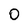
Character: o